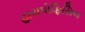
હાયપોફિસિલ